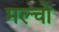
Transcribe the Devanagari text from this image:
मल्चो